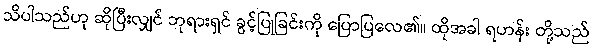
သိပါသည်ဟု ဆိုပြီးလျှင် ဘုရားရှင် ခွင့်ပြုခြင်းကို ပြောပြလေ၏။ ထိုအခါ ရဟန်း တို့သည်